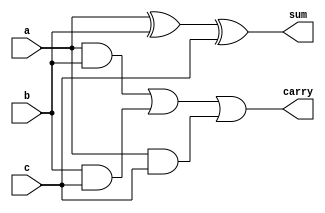
`timescale 1ns / 1ps
//////////////////////////////////////////////////////////////////////////////////
// Company: 
// Engineer: 
// 
// Design Name: 
// Module Name:    full_adder 
// Project Name: 
// Target Devices: 
// Tool versions: 
// Description: 
//
// Dependencies: 
//
// Revision: 
// Revision 0.01 - File Created
// Additional Comments: 
//
//////////////////////////////////////////////////////////////////////////////////
module full_adder(
    input a,
    input b,
    input c,
    output sum,
    output carry
    );
	 assign sum=a^b^c;
	 assign carry=a&b|b&c|a&c;


endmodule